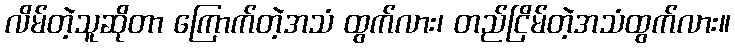
လိမ်တဲ့သူဆိုတာ ကြောက်တဲ့အသံ ထွက်လား၊ တည်ငြိမ်တဲ့အသံထွက်လား။